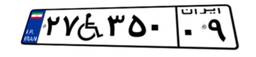
۲۷W۳۵۰۰۹